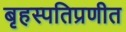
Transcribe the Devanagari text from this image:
बृहस्पतिप्रणीत